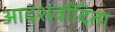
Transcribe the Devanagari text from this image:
आदशर्वादिता